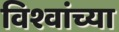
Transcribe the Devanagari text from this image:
विश्वांच्या